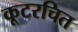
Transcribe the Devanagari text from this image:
कूटरचित